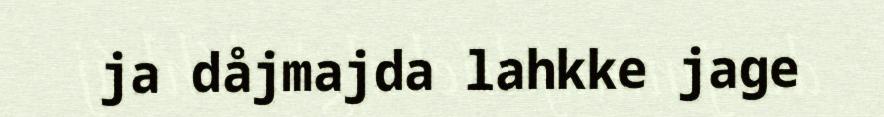
ja dåjmajda lahkke jage